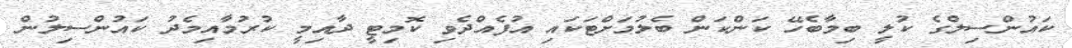
ކައުންސިލްގެ ކުލީ ބިމާބެހޭ ކަންކަން ބެލުމަށްޓަކައި އުފެއްދެވި ކޮމިޓީ ދާއިމީ ކުރުމާއިމެދު ކައުންސިލުން